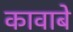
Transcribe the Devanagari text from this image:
कावाबे